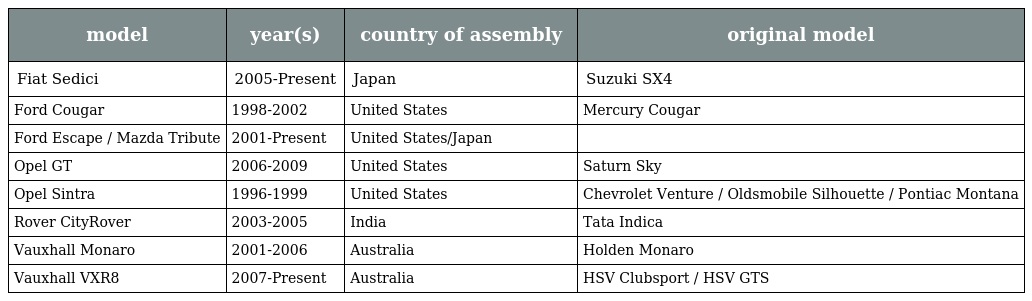
| model | year(s) | country of assembly | original model |
 | --- | --- | --- | --- |
 | Fiat Sedici | 2005-Present | Japan | Suzuki SX4 |
 | Ford Cougar | 1998-2002 | United States | Mercury Cougar |
 | Ford Escape / Mazda Tribute | 2001-Present | United States/Japan |  |
 | Opel GT | 2006-2009 | United States | Saturn Sky |
 | Opel Sintra | 1996-1999 | United States | Chevrolet Venture / Oldsmobile Silhouette / Pontiac Montana |
 | Rover CityRover | 2003-2005 | India | Tata Indica |
 | Vauxhall Monaro | 2001-2006 | Australia | Holden Monaro |
 | Vauxhall VXR8 | 2007-Present | Australia | HSV Clubsport / HSV GTS |